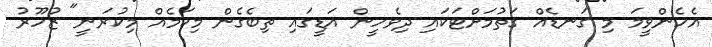
އެހެންވީމަ މި ގަނޑެއް ގަތުމަށްޓަކައި ދިވެހީން އަޑީގައި ތިބެގެން މިކަމެއް މިކުރަނީ" ޒުހޫރު